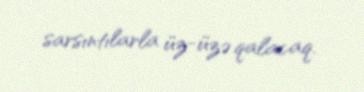
sarsıntılarla üz-üzə qalacaq.